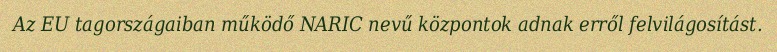
Az EU tagországaiban működő NARIC nevű központok adnak erről felvilágosítást.